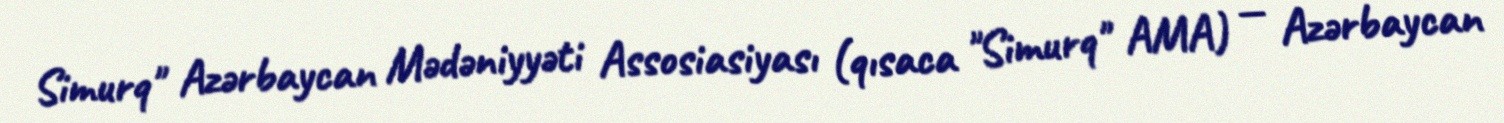
Simurq" Azərbaycan Mədəniyyəti Assosiasiyası (qısaca "Simurq" AMA) — Azərbaycan